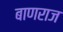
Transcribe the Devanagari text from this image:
बाणराज